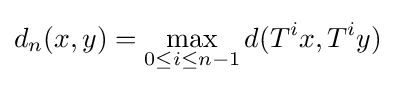
d_{n}(x,y)=\max _{0\leq i\leq n-1}d(T^{i}x,T^{i}y)